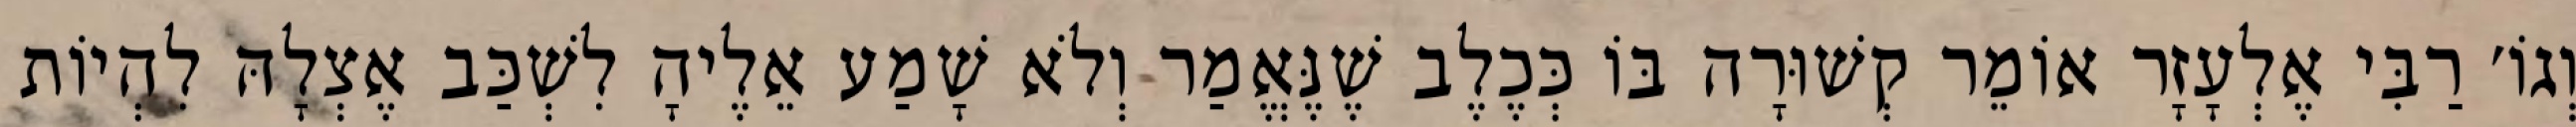
וְגוֹ׳ רַבִּי אֶלְעָזָר אוֹמֵר קְשׁוּרָה בּוֹ כְּכֶלֶב שֶׁנֶּאֱמַר וְלֹא שָׁמַע אֵלֶיהָ לִשְׁכַּב אֶצְלָהּ לִהְיוֹת